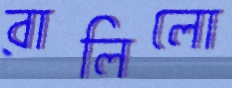
বালিলো